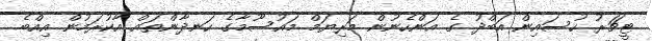
ޓީޗަރު ހުސައިން އަބްދު ގެ އަންހެނުން މަރިޔަމް މައުސޫމާގެ ހަނދާންތައް އާކުރަމުން އިއްބެ